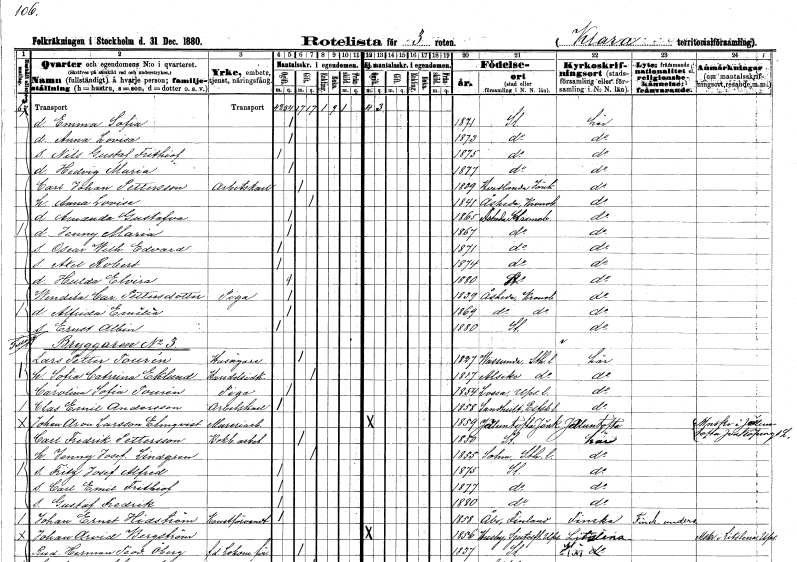
gt_parse: households: individuals: FN: Emma Sofia
KON: K
CIV: O
FODAR: 1871
FODFORS: Stockholm
FN: Anna Lovisa
KON: K
CIV: O
FODAR: 1873
FODFORS: Stockholm
FN: Nils Gustaf Frithiof
KON: M
CIV: O
FODAR: 1875
FODFORS: Stockholm
FN: Hedvig Maria
KON: K
CIV: O
FODAR: 1877
FODFORS: Stockholm
FN: Carl Johan
EN: Pettersson
YRKE: Arbetskarl
KON: M
CIV: G
FODAR: 1839
FODFORS: Vetlanda Jönköpings län
FN: Anna Lovisa
KON: K
CIV: G
FODAR: 1841
FODFORS: Åseda Kronobergs län
FN: Amanda Gustafva
KON: K
CIV: O
FODAR: 1865
FODFORS: Åseda Kronobergs län
FN: Jenny Maria
KON: K
CIV: O
FODAR: 1867
FODFORS: Åseda Kronobergs län
FN: Oscar Wilhelm Edvard
KON: M
CIV: O
FODAR: 1871
FODFORS: Åseda Kronobergs län
FN: Axel Robert
KON: M
CIV: O
FODAR: 1874
FODFORS: Åseda Kronobergs län
FN: Hulda Elvira
KON: K
CIV: O
FODAR: 1880
FODFORS: Stockholm
FN: Wendela Carolina
EN: Pettersdotter
YRKE: Piga
KON: K
CIV: O
FODAR: 1839
FODFORS: Åseda Kronobergs län
FN: Alfrida Emilia
KON: K
CIV: O
FODAR: 1869
FODFORS: Åseda Kronobergs län
FN: Ernst Albin
KON: M
CIV: O
FODAR: 1880
FODFORS: Stockholm
FN: Lars Petter
EN: Tourén
YRKE: Husägare
KON: M
CIV: G
FODAR: 1827
FODFORS: Vassunda Uppsala län
FN: Sofia Catrina
EN: Eklund
YRKE: Handelsidkare
KON: K
CIV: G
FODAR: 1817
FODFORS: Alsike Uppsala län
FN: Carolina Sofia
EN: Tourén
YRKE: Piga
KON: K
CIV: O
FODAR: 1854
FODFORS: Lossa Stockholms län
FN: Clas Emil
EN: Andersson
YRKE: Arbetskarl
KON: M
CIV: O
FODAR: 1858
FODFORS: Sandhult Älvsborgs län
FN: Johan Aron
EN: Larsson Elmqvist
YRKE: Mureriarbetare
KON: M
CIV: O
FODAR: 1859
FODFORS: Jälluntofta Hallands län
FN: Carl Fredrik
EN: Pettersson
YRKE: Bokbinderiarbetare
KON: M
CIV: G
FODAR: 1850
FODFORS: Stockholm
FN: Jenny Josefina
EN: Lindgren
KON: K
CIV: G
FODAR: 1855
FODFORS: Solna Stockholms län
FN: Fritz Josef Alfred
KON: M
CIV: O
FODAR: 1875
FODFORS: Stockholm
FN: Carl Emil Frithiof
KON: M
CIV: O
FODAR: 1877
FODFORS: Stockholm
FN: Gustaf Fredrik
KON: M
CIV: O
FODAR: 1880
FODFORS: Stockholm
FN: Johan Ernst
EN: Hidström
YRKE: Konstförvandt
KON: M
CIV: O
FODAR: 1858
FN: Johan Arvid
EN: Bergström
KON: M
CIV: O
FODAR: 1856
FODFORS: Husby-Sjutolft Uppsala län
FN: Rudolf Herman Teodor
EN: Öberg
YRKE: Lokomotivförare f.d.
KON: M
CIV: G
FODAR: 1837
FODFORS: Stockholm